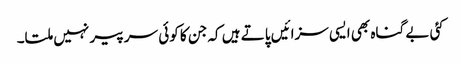
کئی بے گناہ بھی ایسی سزائیں پاتے ہیں کہ جن کا کوئی سر پیر نہیں ملتا۔